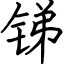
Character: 锑